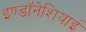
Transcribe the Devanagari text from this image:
इण्डॉनेशियाई